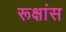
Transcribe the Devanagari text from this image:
रूक्षांस